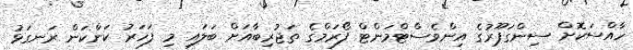
ހާއްސަކޮށް ސިންގަޕޫރުގެ އިންވެސްޓްމަންޓް ފޯރަމްގެ ތަޖުރިބާއަށް ބަލައި މި ފަހަރު ކަންކަން ރަނގަޅު